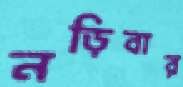
নড়িবার